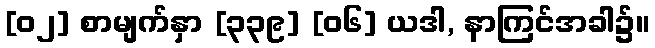
[၀၂] စာမျက်နှာ [၃၃၉] [၀၆] ယဒါ, နာကြင်အခါ၌။